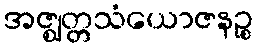
အဇ္ဈတ္တသံယောဇနဉ္စ